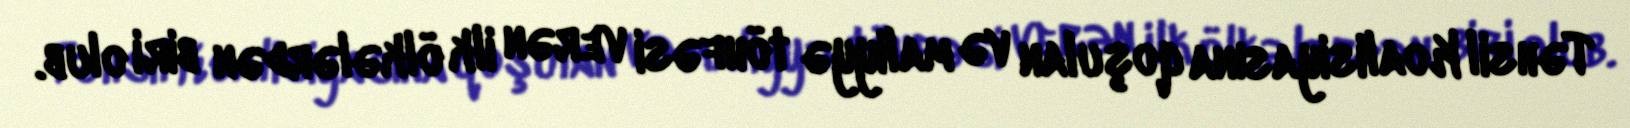
Təhsil Koalisiyasına qoşulan və maliyyə töhfəsi verən ilk ölkələrdən biri olub.